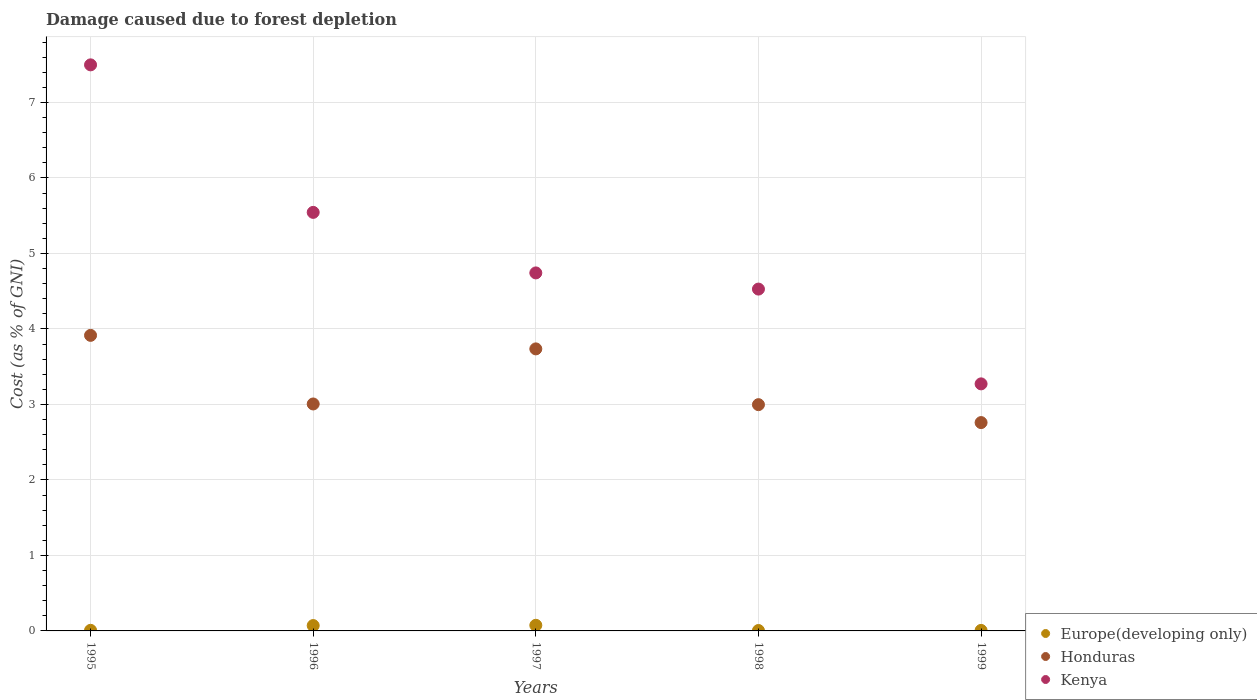
| Years | Europe(developing only) | Honduras | Kenya |
 | --- | --- | --- | --- |
 | 1995 | 0.00798 | 3.91 | 7.5 |
 | 1996 | 0.071 | 3.01 | 5.54 |
 | 1997 | 0.0745 | 3.74 | 4.74 |
 | 1998 | 0.00541 | 3 | 4.53 |
 | 1999 | 0.00685 | 2.76 | 3.27 |